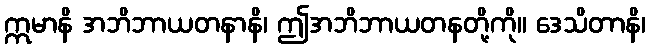
ဣမာနိ အဘိဘာယတနာနိ၊ ဤအဘိဘာယတနတို့ကို။ ဒေသိတာနိ၊